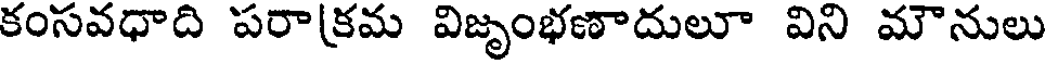
కంసవధాది పరాక్రమ విజృంభణాదులూ విని మౌనులు